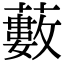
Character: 藪